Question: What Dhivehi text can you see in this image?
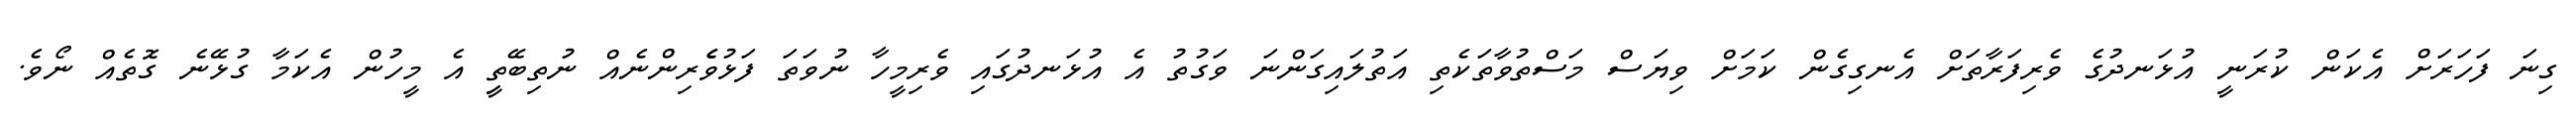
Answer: ގިނަ ފަހަރަށް އެކަން ކުރަނީ އުޅަނދުގެ ވެރިފަރާތަށް އެނގިގެން ކަމަށް ވިޔަސް މަސްތުވާތަކެތި އަތުލައިގަންނަ ވަގުތު އެ އުޅަނދުގައި ވެރިމީހާ ނުވަތަ ފަޅުވެެރިންނެއް ނުތިބޭތީި އެ މީހުން އެކަމާ ގުޅޭނެ ގޮތެއް ނޯވެ.